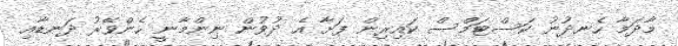
މާދަމާ ހެނދުނު ކަސްޓަމްސް ކައިރިން ފަށާ އެ ދުވުން ނިންމާނީ ހެންވޭރު ދަނޑާއި